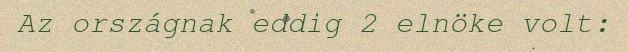
Az országnak eddig 2 elnöke volt: